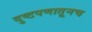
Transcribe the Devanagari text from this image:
दुष्टपणातूनच